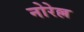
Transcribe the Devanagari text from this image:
नोरेल्ल